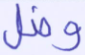
وضل